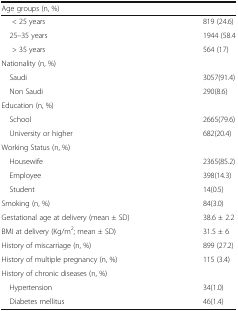
<table><thead><tr><td><b>Age groups (n, %)</b></td><td>[EMPTY_CELL]</td></tr></thead><tbody><tr><td>&lt; 25 years</td><td>819 (24.6)</td></tr><tr><td> 25–35 years</td><td>1944 (58.4</td></tr><tr><td>&gt; 35 years</td><td>564 (17)</td></tr><tr><td colspan="2">Nationality (n, %)</td></tr><tr><td> Saudi</td><td>3057(91.4)</td></tr><tr><td> Non Saudi</td><td>290(8.6)</td></tr><tr><td colspan="2">Education (n, %)</td></tr><tr><td> School</td><td>2665(79.6)</td></tr><tr><td> University or higher</td><td>682(20.4)</td></tr><tr><td colspan="2">Working Status (n, %)</td></tr><tr><td> Housewife</td><td>2365(85.2)</td></tr><tr><td> Employee</td><td>398(14.3)</td></tr><tr><td> Student</td><td>14(0.5)</td></tr><tr><td>Smoking (n, %)</td><td>84(3.0)</td></tr><tr><td>Gestational age at delivery (mean ± SD)</td><td>38.6 ± 2.2</td></tr><tr><td>BMI at delivery (Kg/m<sup>2</sup>; mean ± SD)</td><td>31.5 ± 6</td></tr><tr><td>History of miscarriage (n, %)</td><td>899 (27.2)</td></tr><tr><td>History of multiple pregnancy (n, %)</td><td>115 (3.4)</td></tr><tr><td colspan="2">History of chronic diseases (n, %)</td></tr><tr><td> Hypertension</td><td>34(1.0)</td></tr><tr><td> Diabetes mellitus</td><td>46(1.4)</td></tr></tbody></table>